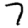
Digit: 7